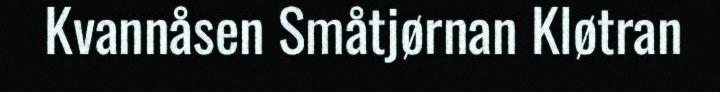
Kvannåsen Småtjørnan Kløtran